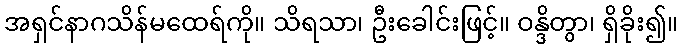
အရှင်နာဂသိန်မထေရ်ကို။ သိရသာ၊ ဦးခေါင်းဖြင့်။ ဝန္ဒိတွာ၊ ရှိခိုး၍။